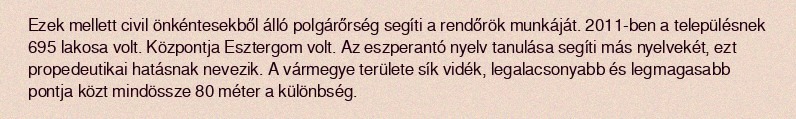
Ezek mellett civil önkéntesekből álló polgárőrség segíti a rendőrök munkáját. 2011-ben a településnek 695 lakosa volt. Központja Esztergom volt. Az eszperantó nyelv tanulása segíti más nyelvekét, ezt propedeutikai hatásnak nevezik. A vármegye területe sík vidék, legalacsonyabb és legmagasabb pontja közt mindössze 80 méter a különbség.